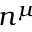
n ^ { \mu }